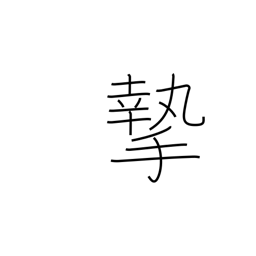
Meaning: seriousness